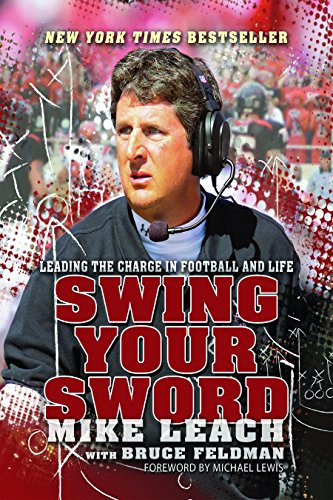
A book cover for Swing Your Sword: Leading the Charge in Football and Life; Mike Leach; Biographies & Memoirs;